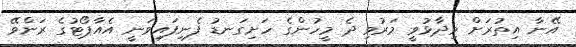
އޭނާ އިތުރަށް ވިދާޅުވީ މަރުވި ދެ މީހުންގެ ހަށިގަނޑު ފެނިފައިވަނީ އެއާޕޯޓުގެ ރަންވޭ